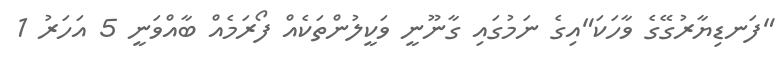
"ފަނޑިޔާރުގޭގެ ވާހަކަ"އިގެ ނަމުގައި ގާނޫނީ ވަކީލުންތަކެއް ފޯރަމެއް ބާއްވަނީ 5 އަހަރު 1